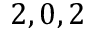
2 , 0 , 2